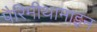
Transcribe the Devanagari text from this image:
पैरिमीथामाइन